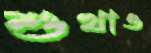
শুখাও